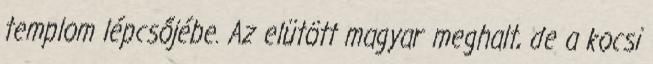
templom lépcsőjébe. Az elütött magyar meghalt, de a kocsi